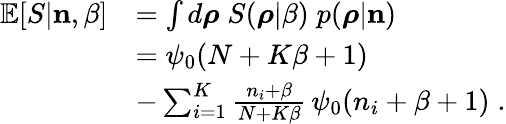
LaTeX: \begin{array}{rl}{\mathbb{E}[S|{\mathbf n},\beta]}&{=\int d\boldsymbol{\rho}\; S(\boldsymbol{\rho}|\beta)\; p(\boldsymbol{\rho}|{\mathbf n})}\\ &{=\psi_{0}(N+K\beta+1)}\\ &{-\sum_{i=1}^{K}\frac{n_{i}+\beta}{N+K\beta}\, \psi_{0}(n_{i}+\beta+1)\; .}\end{array}